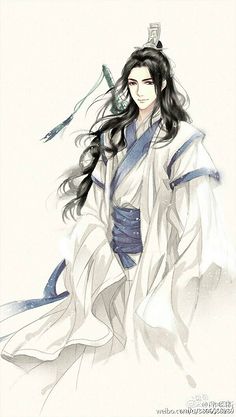
雨落不上天，水覆难再收。